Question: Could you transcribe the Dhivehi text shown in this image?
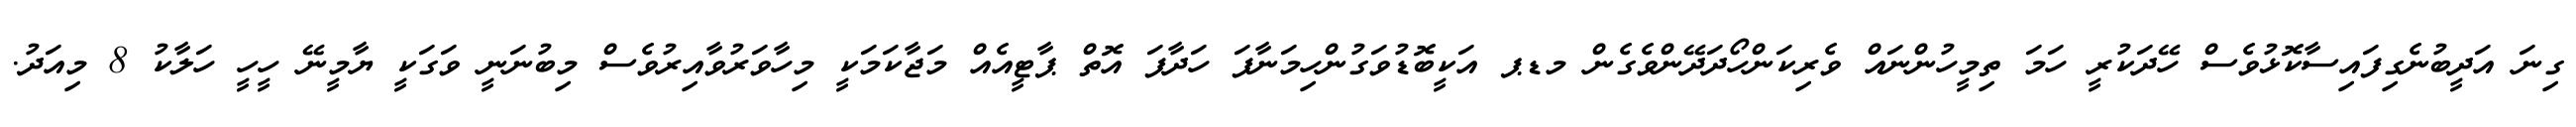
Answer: ގިނަ އަދީބުނެގިފައިސާކޮޅުވެސް ހޭދަކުރީ ހަމަ ތިމީހުންނައް ވެރިކަންހޯދަދޭންވެގެން މޑޕ އަކީބޮޑުވަގުންހިމަނާފަ ހަދާފަ އޮތް ޕާޓީއެއް މަޖާކަމަކީ މިހާވަރުވާއިރުވެސް މިބުނަނީ ވަގަކީ ޔާމީނޭ ހީހީ ހަލާކު 8 މިއަދު.